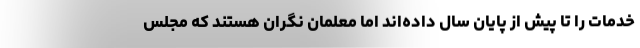
خدمات را تا پیش از پایان سال داده‌اند اما معلمان نگران هستند که مجلس